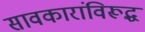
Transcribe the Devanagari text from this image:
सावकारांविरूद्ध